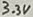
Text: 3.3V